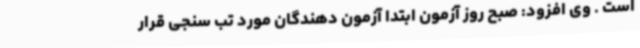
است . وی افزود: صبح روز آزمون ابتدا آزمون دهندگان مورد تب سنجی قرار